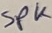
Text: SPK